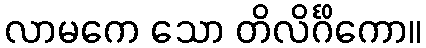
လာမကေ သော တိလိင်္ဂိကော။